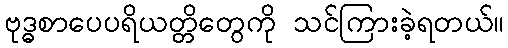
ဗုဒ္ဓစာပေပရိယတ္တိတွေကို သင်ကြားခဲ့ရတယ်။